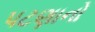
પટણાનો